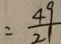
= \frac { 4 9 } { 2 1 }